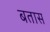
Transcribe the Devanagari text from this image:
बतास